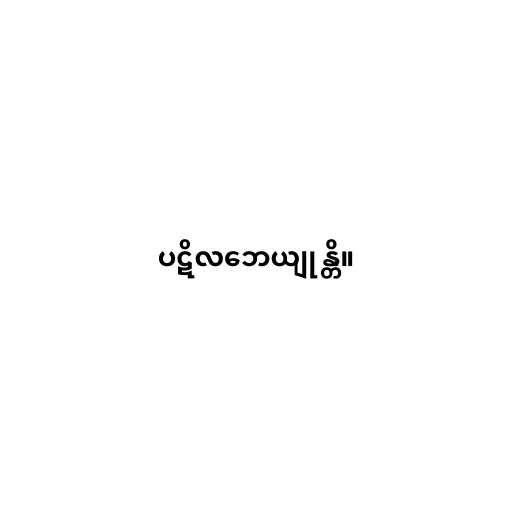
ပဋိလဘေယျုန္တိ။